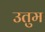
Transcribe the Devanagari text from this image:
उतुम